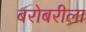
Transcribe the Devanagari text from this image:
बरोबरीला